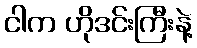
ငါက ဟိုဒင်းကြီးနဲ့